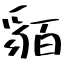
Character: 貊